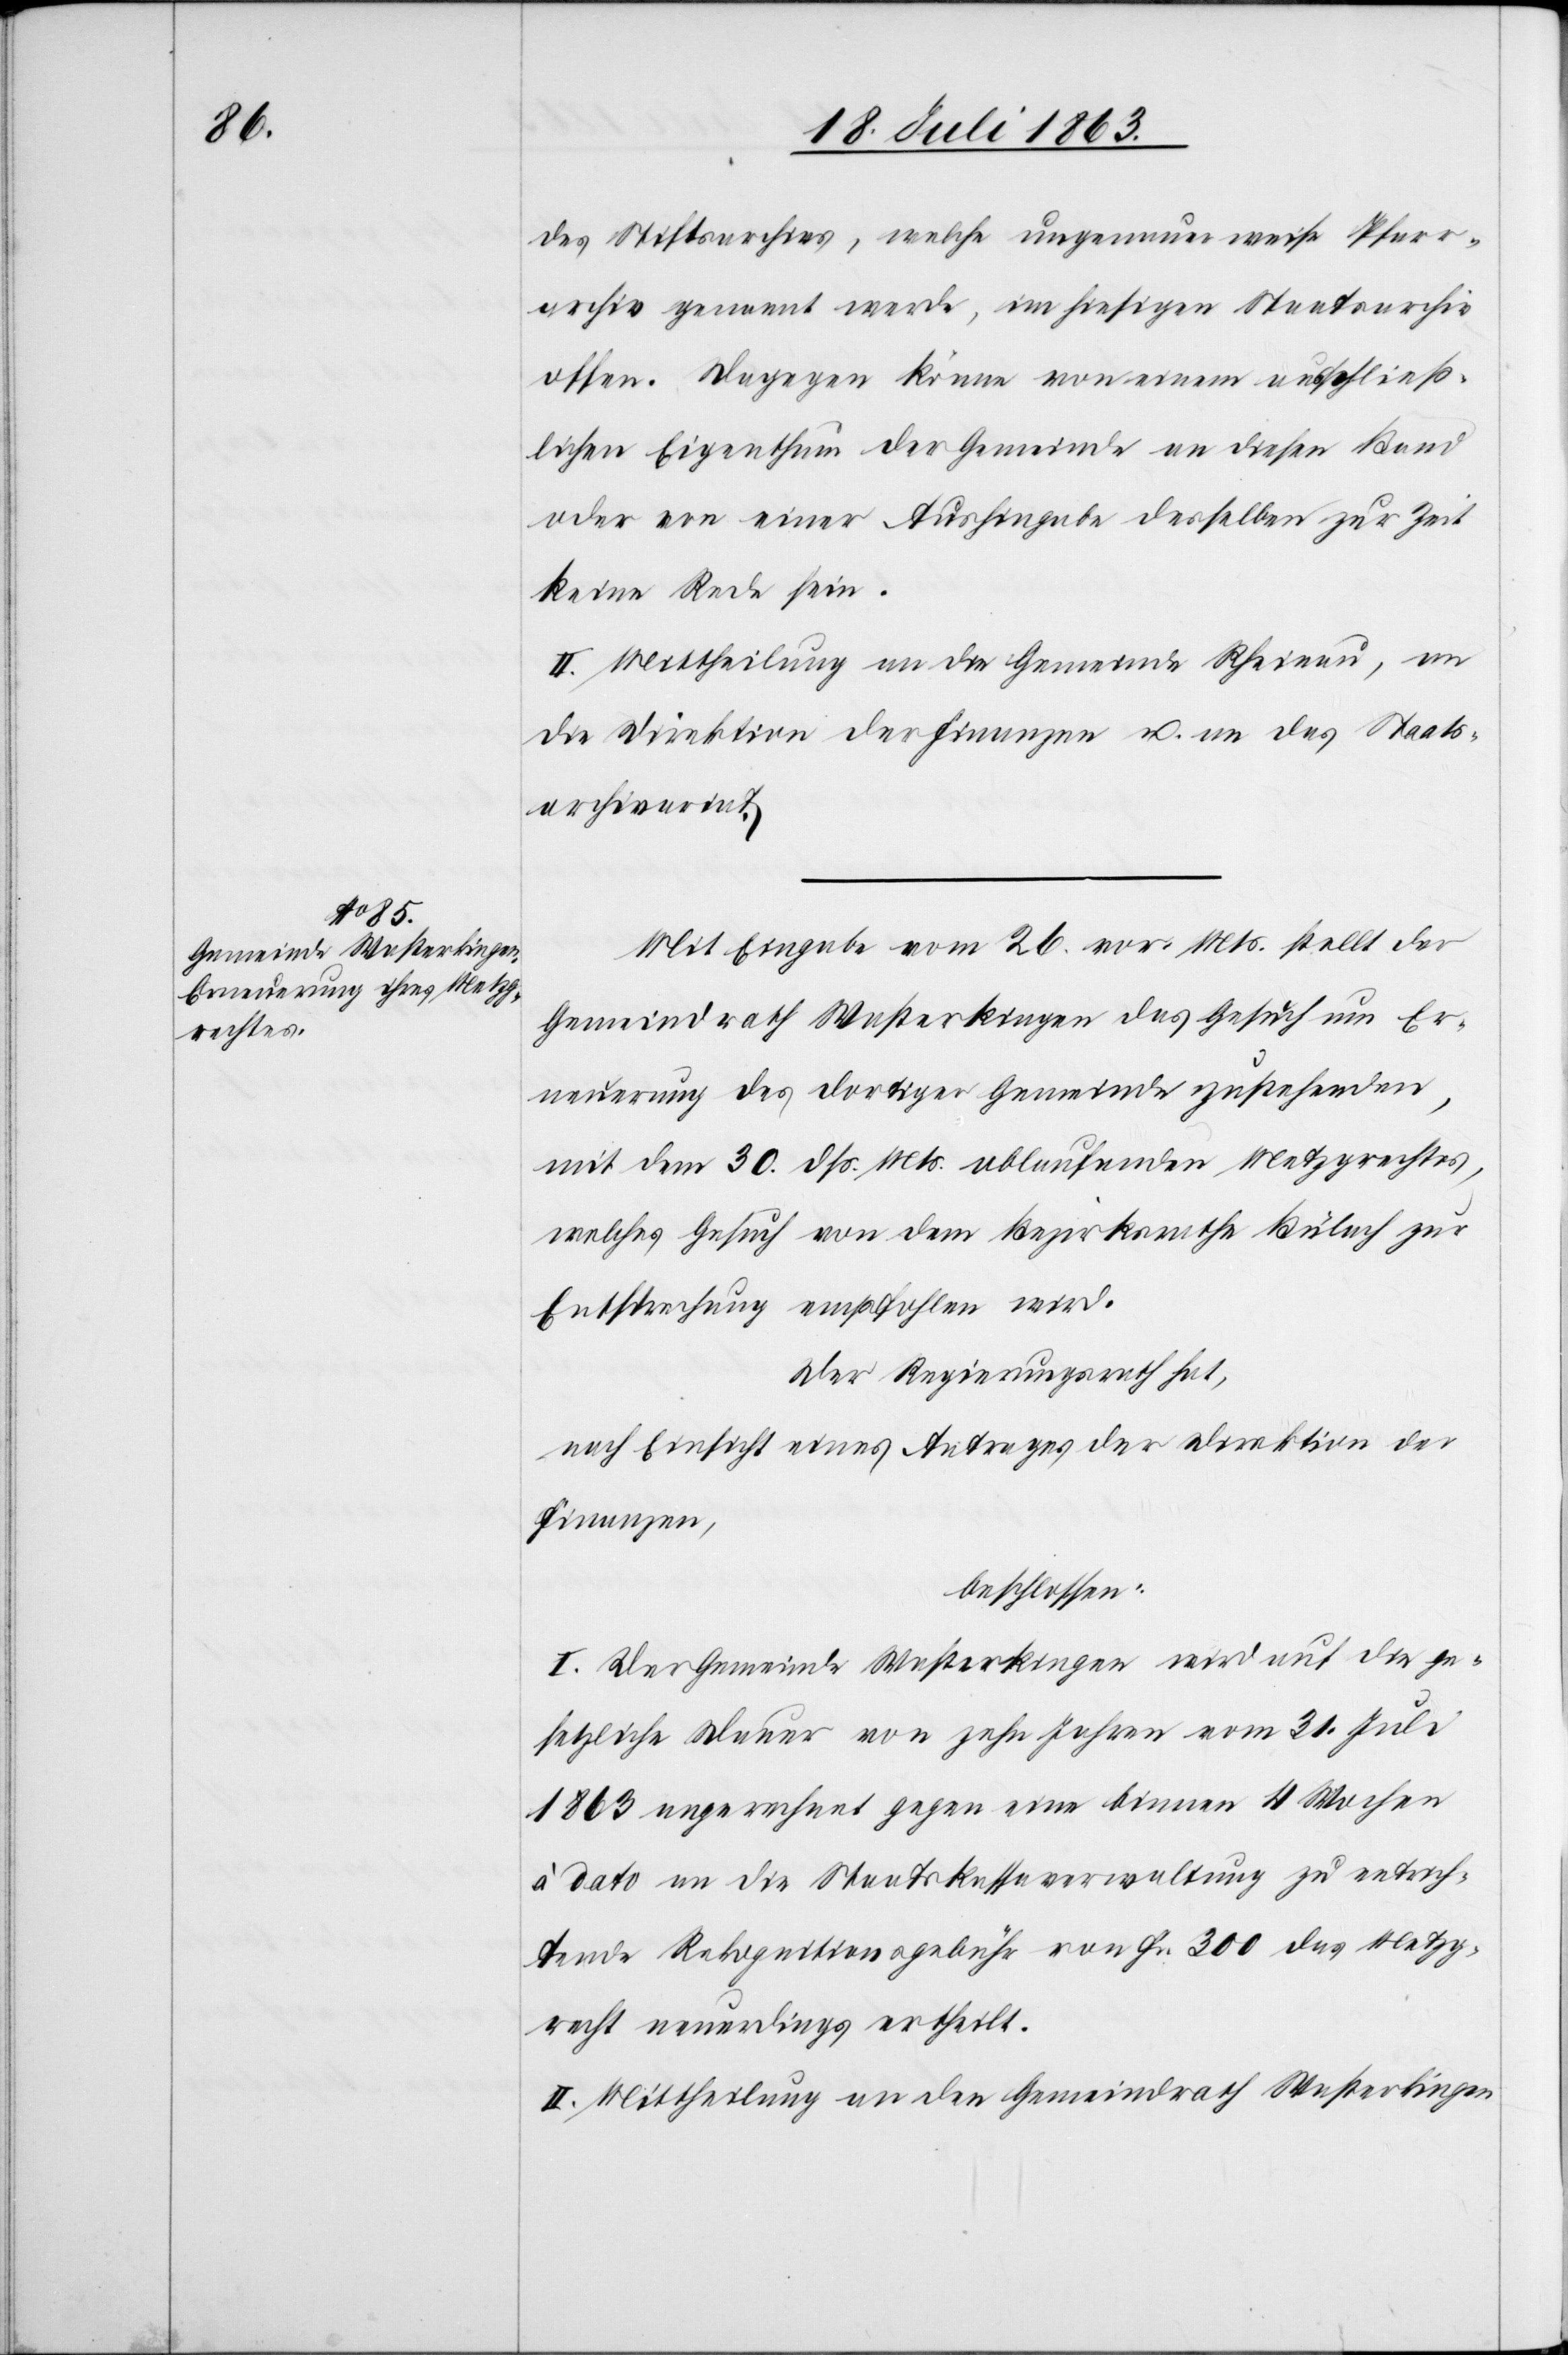
des Stiftsarchives, welche ungenauerweise Pfarr¬
archiv genannt werde, im hiesigen Staatsarchiv
offen. Dagegen könne von einem ausschließ¬
lichen Eigenthum der Gemeinde an diesen Band
oder von einer Aushingabe desselben zur Zeit
keine Rede sein.
II. Mittheilung an die Gemeinde Rheinau, an
die Direktion der Finanzen u. an das Staats¬
archivariat.
Mit Eingabe vom 26. vor. Mts. stellt der
Gemeindrath Wasterkingen das Gesuch um Er¬
neuerung des dortiger Gemeinde zustehenden,
mit dem 30. dß. Mts. ablaufenden Metzgrechtes,
welches Gesuch von dem Bezirksrathe Bülach zur
Entsprechung empfohlen wird.
Der Regierungsrath hat,
nach Einsicht eines Antrages der Direktion der
Finanzen,
beschlossen:
I. Der Gemeinde Wasterkingen wird auf die ge¬
setzliche Dauer von zehn Jahren vom 31. Juli
1863 angerechnet gegen eine binnen 4 Wochen
dato an die Staatskassaverwaltung zu entrich¬
tende Rekognitionsgebühr von Fr. 300 das Metzg¬
recht neuerdings ertheilt.
II. Mittheilung an den Gemeindrath Wasterkingen